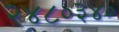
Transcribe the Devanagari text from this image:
२४८०३४०